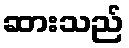
ဆားသည်